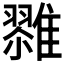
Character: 𱁌